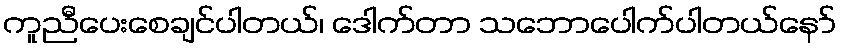
ကူညီပေးစေချင်ပါတယ်၊ ဒေါက်တာ သဘောပေါက်ပါတယ်နော်